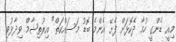
މިއީ ޑެންގީ ހުމާ ދެކޮޅަށް ފެށޭ އެންމެ ބޮޑު މަސައްކަތް" އިރުތިޝާމް ވިދާޅުވި